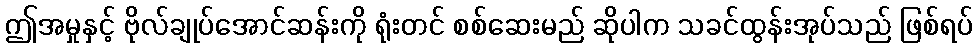
ဤအမှုနှင့် ဗိုလ်ချုပ်အောင်ဆန်းကို ရုံးတင် စစ်ဆေးမည် ဆိုပါက သခင်ထွန်းအုပ်သည် ဖြစ်ရပ်